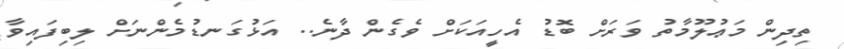
ތިދިން މަޢުލޫމާތު ވަރަށް ބޮޑު އެހީއަކަށް ވެގެން ދާނެ.. އަޅުގަނޑުމެންނަށް ލިބިފައިވާ